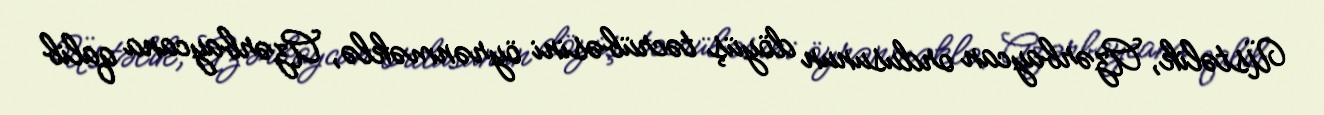
Üstəlik, Azərbaycan ordusunun döyüş təcrübəsini öyrənməklə, Azərbaycana qalib